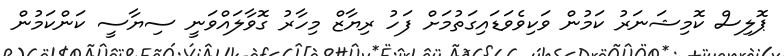
ޕޮލިސް ކޮމިޝަނަރު ކަމުން ވަކިވެވަޑައިގަތުމަށް ފަހު ރިޔާޒް މިހާރު ގޮވާލައްވަނީ ސިޔާސީ ކަންކަމުން